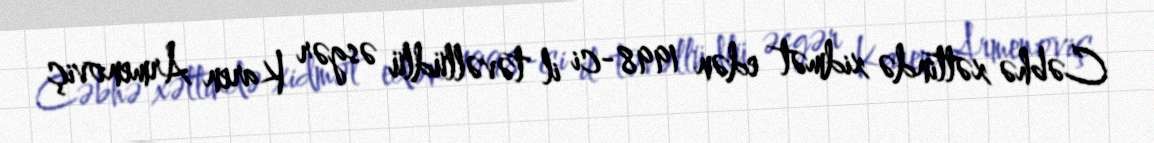
Cəbhə xəttində xidmət edən 1998-ci il təvəllüdlü əsgər Karen Armenoviç